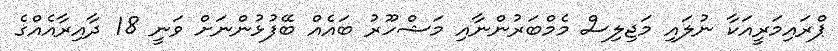
ޕްރައިމަރީއަކާ ނުލައި މަޖިލިސް މެމްބަރުންނާއި މަޝްހޫރު ބައެއް ބޭފުޅުންނަށް ވަނީ 18 ދާއިރާއެއްގެ